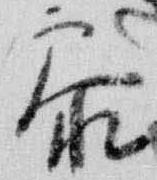
参